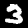
Label: 3